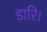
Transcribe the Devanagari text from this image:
डारि।